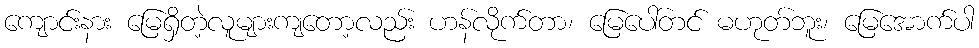
ကျောင်းနား မြေရှိတဲ့လူများကျတော့လည်း ဟန်လိုက်တာ၊ မြေပေါ်တင် မဟုတ်ဘူး၊ မြေအောက်ပါ